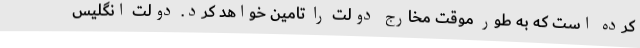
کرده است که به طور موقت مخارج دولت را تامین خواهد کرد. دولت انگلیس